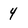
Character: 4